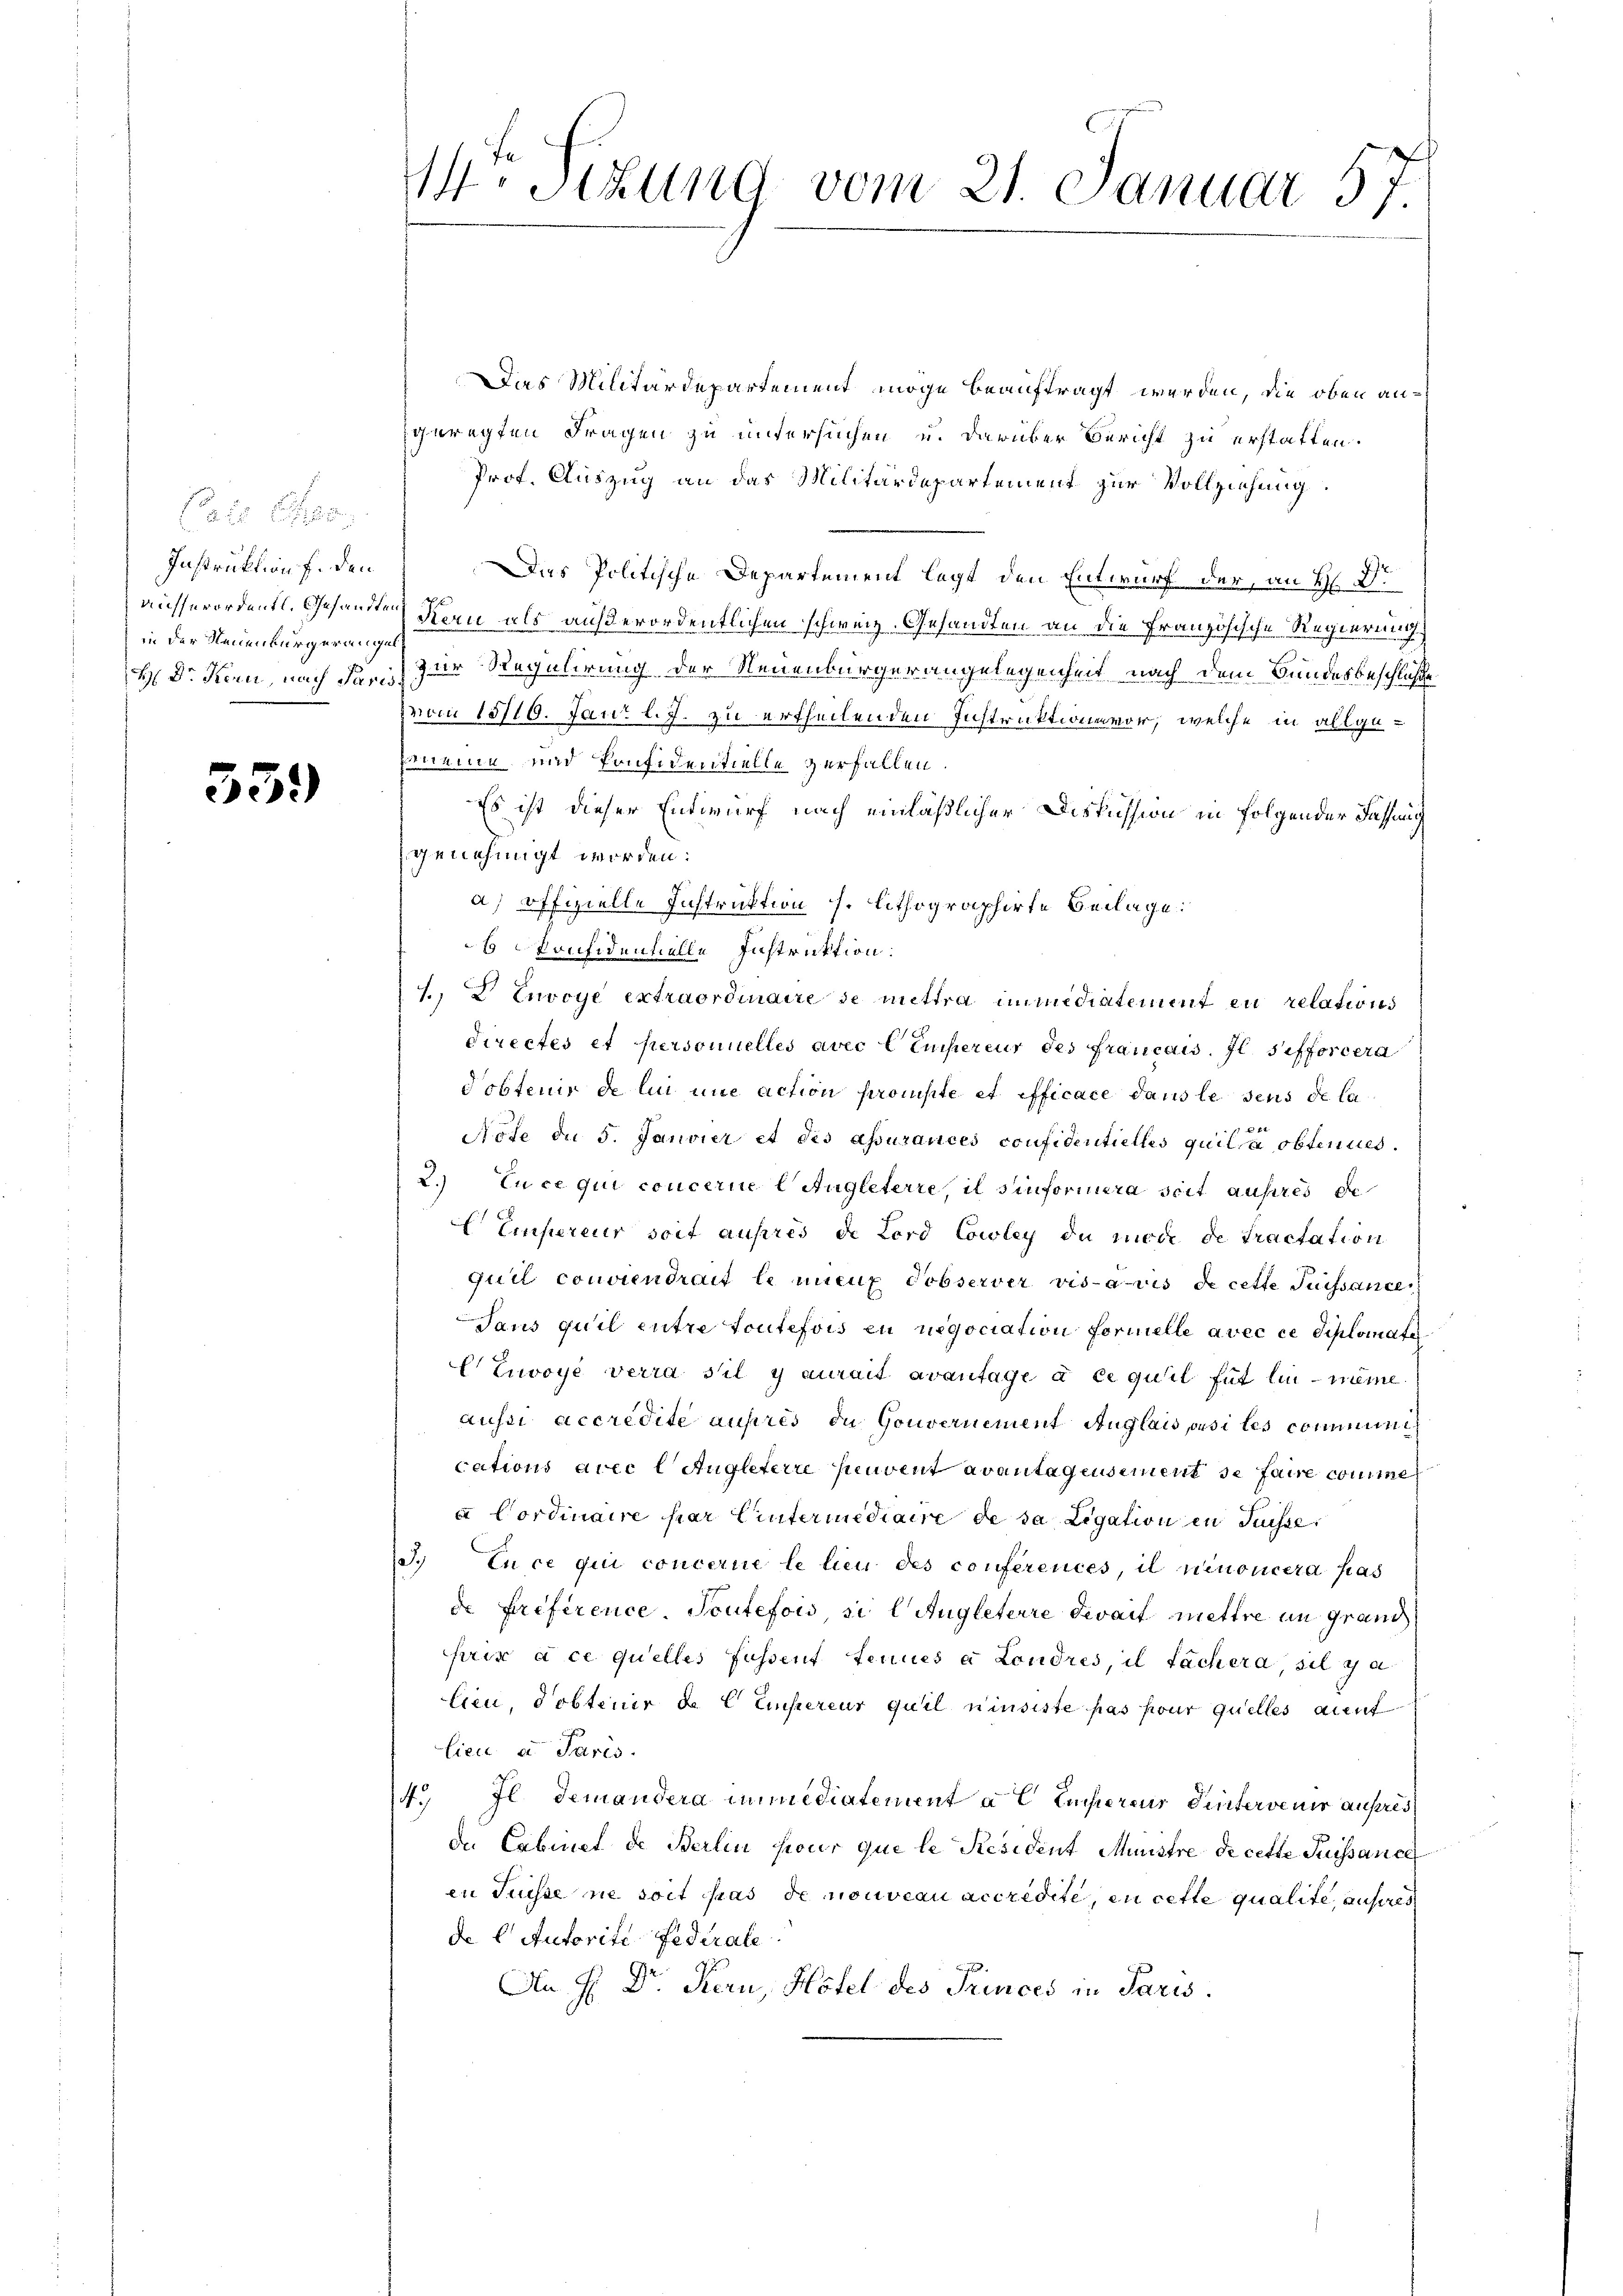
1 Ess
Instruktion f. den
in der Neuenburgeranges

359)

14ten Sizung vom 21. Januar 57.

Das Militärdepartement möge beauftragt werden, die oben angeregten Fragen zu untersuchen u. darüber Bericht zu erstatten.
Prof. Auszug an das Militärdepartement zur Vollziehung
Das Politische Departement legt den Entwurf der, an H. Dr
ausserordentl. Gesandten Kern als außerordentlichen schweiz. Gesandten an die Französische Regierung
H. Dr. Kern, nach dar, zur Regulirung der Neuenbürgerangelegenheit nach dem Bundesbeschluße
von 15710. Jani l. J. zu ertheilenden Instruktion vor, welche in allge-
Erneue und Ponfidentielle verfallen.
Es ist dieser Entwurf nach einläßlicher Diskussion in folgender Fassung
genehmigt worden:
a) offizielle Instruktion s. lithographirte Beilage:
6 Konfidenhelle Instruktion:
1.) Envoye extraordinaire de mittra immediatement en relations
directes et personnelles avec l Euereur des français. Il sefforcera
Tobtenir de lin nie action prompte et efficace dans le dens de la
Note de 5. Janvier et des assurances confidentielles quilla obtenues.
2.) En ce qui concerne Angleterre, il sinformiera seit aufsres de
Einsereur soit ausres de Lord Cowley de mode de tractation
quil conviendrait le mieux observer visa vis de cette Suissance
Jans qu’il entre toutefois zu negociation formelle avec ce diplomate
CZuvoyé verra s’il y aurait avantage à ce quil für lie - meine
aussi accredite auprès die Gouvernement Auglais ansi les commini
cations avec l Angleterre peuvent avantagensement se faire comme
 Cordinaire par Entermediaire de sa Ligation in Suisse,
3. En ce qui concerne le lieu des conferences, il nenoncera pas
de préférence. Toutefois, si l Augleterre devait mettre in grand
prix à ce quelles fassent tenues e Londres, il fächera, sie ga
lien, Pobtenir de Einsereur quil nimsiste pas pour quelles aut
lieu a Paris.
14. Il demandera immidiatement a l Luchieraus Hintervenir anfres
de Cabinet de Berlin sieur que le Resident Ministre de cette Suissance
en Suisse ne soit pas de nouveau accredite, en cette qualite, aufsres
de 6 Autorite Federale
An H. Dr. Kern, Hotel des Princes in Paris.